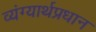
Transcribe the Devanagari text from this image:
व्यंग्यार्थप्रधान